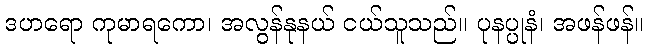
ဒဟရော ကုမာရကော၊ အလွန်နုနယ် ငယ်သူသည်။ ပုနပ္ပုနံ၊ အဖန်ဖန်။